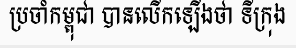
ប្រចាំកម្ពុជា បានលើកឡើងថា ទីក្រុង